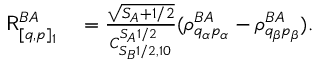
\begin{array} { r l } { \mathsf { R } _ { [ q , p ] _ { 1 } } ^ { B A } } & { { } = \frac { \sqrt { S _ { A } + 1 / 2 } } { C _ { S _ { B } 1 / 2 , 1 0 } ^ { S _ { A } 1 / 2 } } ( \rho _ { q _ { \alpha } p _ { \alpha } } ^ { B A } - \rho _ { q _ { \beta } p _ { \beta } } ^ { B A } ) . } \end{array}